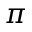
\pi